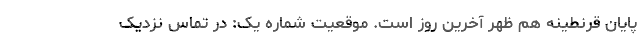
پایان قرنطینه هم ظهر آخرین روز است. موقعیت شمارهٔ یک: در تماس نزدیک